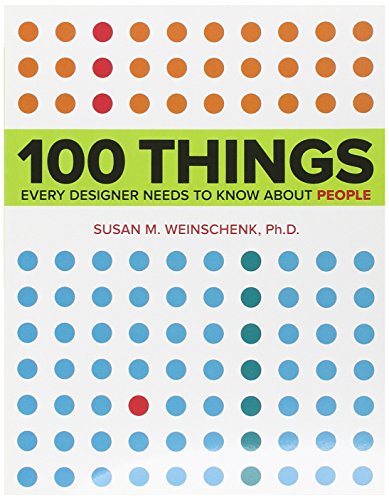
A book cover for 100 Things Every Designer Needs to Know About People (Voices That Matter); Susan Weinschenk; Computers & Technology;